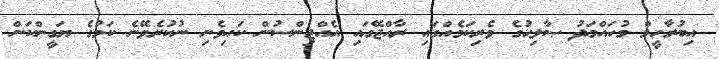
އިބުރާހީމް މުހައްމަދު ޞާލިޙުގެ ވެރިކަމެއްގައި ރާއްޖޭގައި އެއްޖިންސުން ކައިވެނި ނުކުރެވޭނެ ކަމުގެ ޔަގީންކަން